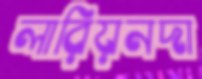
লারিয়নদা